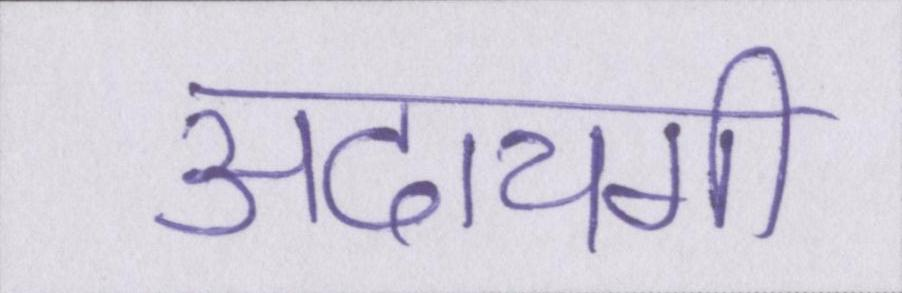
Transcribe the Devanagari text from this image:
अदायगी